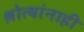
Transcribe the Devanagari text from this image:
श्रोत्यांनाही